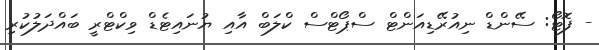
- ފޮޓޯ: ސޭންޑް ނިއުރޭޑިއަންޓް ސްޕޯޓްސް ކްލަބް އާއި ޔުނައިޓެޑް ވިކްޓްރީ ބައްދަލުކުރި